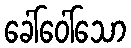
ခေါ်ဝေါ်သော